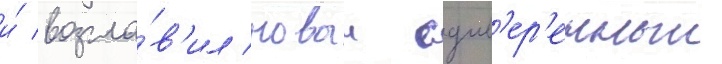
и́ возгла́в'ил новыи сув'ер'енныи